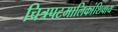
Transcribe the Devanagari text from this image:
चित्रपटमालिकांशिवाय